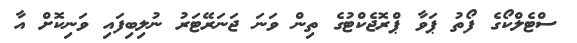
ސްޓެލްކޯގެ ފޯތު ޕަވާ ޕްރޮޖެކްޓުގެ ތިން ވަނަ ޖަނަރޭޓަރު ނުލިބިފައި ވަނިކޮށް އާ